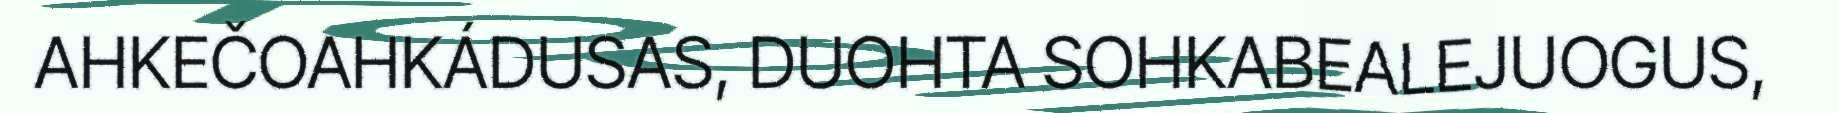
AHKEČOAHKÁDUSAS, DUOHTA SOHKABEALEJUOGUS,